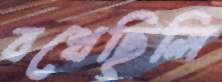
বখেছিলি